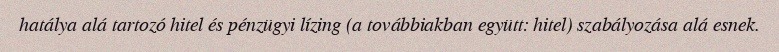
hatálya alá tartozó hitel és pénzügyi lízing (a továbbiakban együtt: hitel) szabályozása alá esnek.